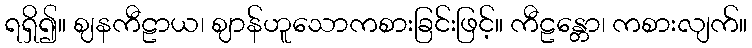
ရရှိ၍။ ဈနကီဠာယ၊ ဈာန်ဟူသောကစားခြင်းဖြင့်။ ကီဠန္တော၊ ကစားလျက်။